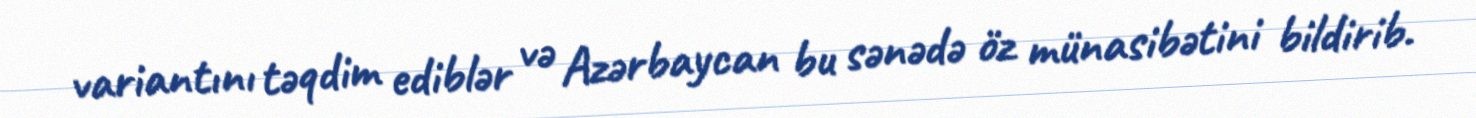
variantını təqdim ediblər və Azərbaycan bu sənədə öz münasibətini bildirib.